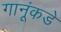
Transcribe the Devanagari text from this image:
गानूंकडे